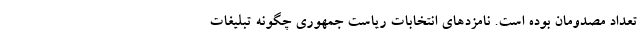
تعداد مصدومان بوده است. نامزدهای انتخابات ریاست جمهوری چگونه تبلیغات